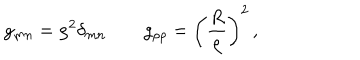
g _ { m n } = \rho ^ { 2 } \delta _ { m n } \qquad g _ { \rho \rho } = \left( { \frac { R } { \rho } } \right) ^ { 2 } \, ,